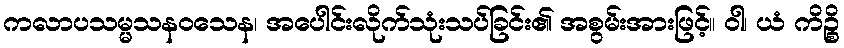
ကလာပသမ္မသနဝသေန၊ အပေါင်းလိုက်သုံးသပ်ခြင်း၏ အစွမ်းအားဖြင့်။ ဝါ၊ ယံ ကိဉ္စိ